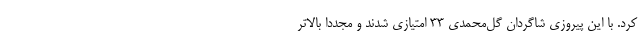
کرد. با این پیروزی شاگردان گل‌محمدی ۳۳ امتیازی شدند و مجددا بالاتر